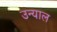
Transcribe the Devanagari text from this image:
उन्याल